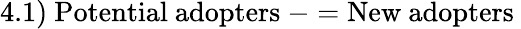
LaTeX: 4.1)\ {\mathrm{Potential~adopters}}\ -={\mathrm{New~adopters~}}